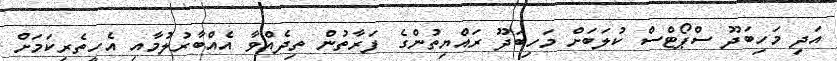
އަދި މަހިބަދޫ ސްޕޯޓްސް ކުލަބަށް މަހިބަދޫ ރައްޔިތުންގެ ފަރާތުން ތިދެއްވާ އެއްބާރުލުމާއި އެހީތެރިކަމަށް